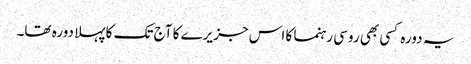
یہ دورہ کسی بھی روسی رہنما کا اس جزیرے کا آج تک کا پہلا دورہ تھا۔